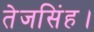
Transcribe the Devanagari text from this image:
तेजसिंह।